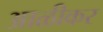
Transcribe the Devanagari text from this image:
आळीकर